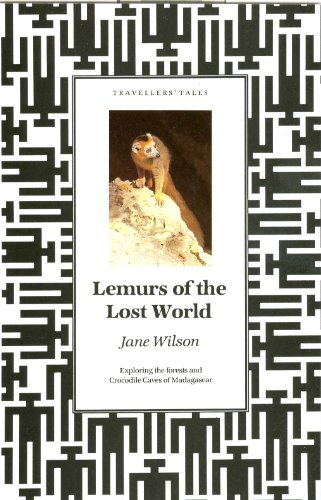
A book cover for Lemurs of the Lost World: Exploring the Forests and Crocodile Caves of Madagascar (Impact traveller's tales); Jane Wilson; Travel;